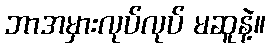
ဘာအမှားလုပ်လုပ် မဆူနဲ့။